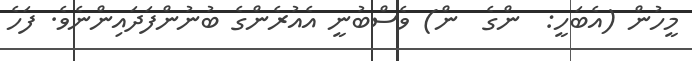
މީހުން (އެބަހީ:  ންގެ  ން) ވެސްބުނީ އެއުރެންގެ ބުނުންފަދައިންނެވެ. ފަހެ